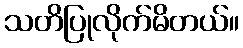
သတိပြုလိုက်မိတယ်။